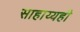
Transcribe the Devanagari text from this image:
साहाय्यही